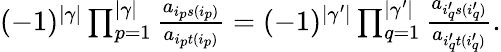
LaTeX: \begin{array}{r}{(-1)^{|\gamma|}\prod_{p=1}^{|\gamma|}\frac{a_{i_{p}s(i_{p})}}{a_{i_{p}t(i_{p})}}=(-1)^{|\gamma^{\prime}|}\prod_{q=1}^{|\gamma^{\prime}|}\frac{a_{i_{q}^{\prime}s(i_{q}^{\prime})}}{a_{i_{q}^{\prime}t(i_{q}^{\prime})}}.}\end{array}